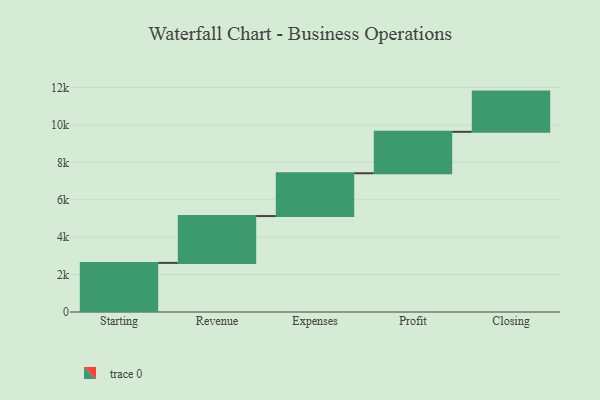
{"axis": {"x": "Step", "y": "Value"}, "legend": [""], "data": [{"x": "Starting", "y": 2626.0, "type": ""}, {"x": "Revenue", "y": 2504.0, "type": ""}, {"x": "Expenses", "y": 2289.0, "type": ""}, {"x": "Profit", "y": 2214.0, "type": ""}, {"x": "Closing", "y": 2151.0, "type": ""}]}